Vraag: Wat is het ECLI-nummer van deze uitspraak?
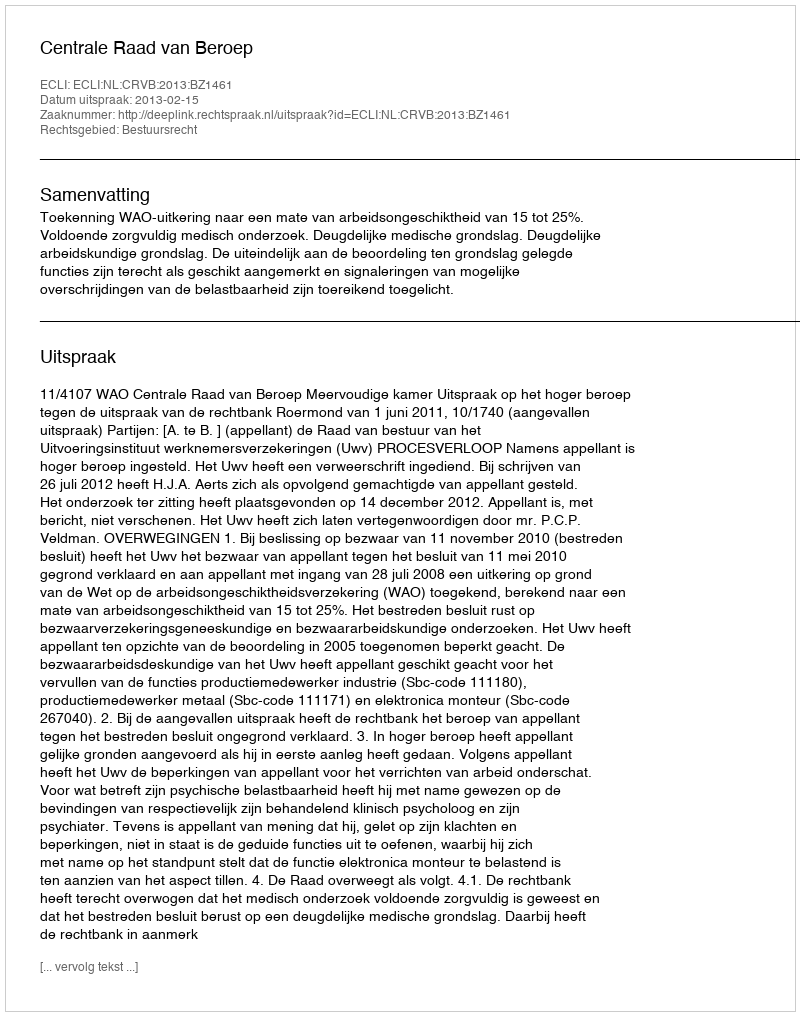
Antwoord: ECLI:NL:CRVB:2013:BZ1461